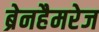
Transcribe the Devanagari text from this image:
ब्रेनहैमरेज